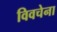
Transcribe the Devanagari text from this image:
विवचेना